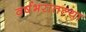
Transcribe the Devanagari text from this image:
वर्षभरातल्या